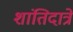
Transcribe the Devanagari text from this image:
शांतिदात्रे